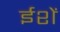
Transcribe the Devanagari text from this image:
ईशें